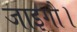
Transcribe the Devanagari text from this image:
जाइगौ।